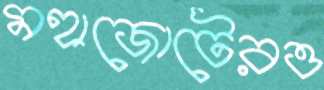
মহাজোটেরও